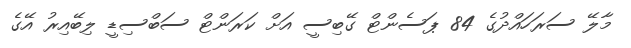
މާލޭ ސަރަހައްދުގެ 84 ޕަސެންޓް ގޭބިސީ އަށް ކަރަންޓް ސަބްސިޑީ ލިބޭއިރު އޭގެ